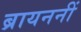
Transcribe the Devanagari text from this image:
ब्रायननीं